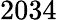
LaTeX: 2034